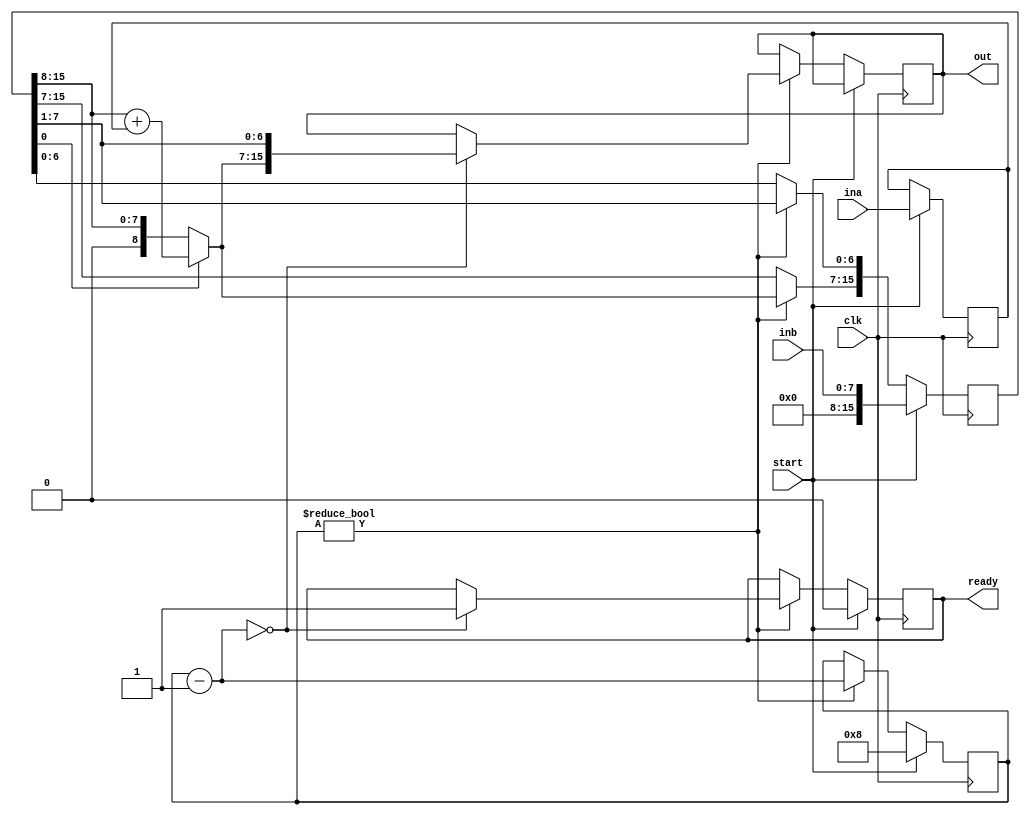
module streamlined_multiplier(ina, inb, clk, start, out, ready);

    parameter WIDTH             = 8;

    input[WIDTH - 1: 0]         ina;
    input[WIDTH - 1: 0]         inb;
    input                       clk;
    input                       start;

    output reg[2*WIDTH-1: 0]    out;
    output reg                  ready;

    reg[2*WIDTH - 1:0]          partial_product;
    reg[4:0]                    bit_count;
    reg[WIDTH-1: 0]           multiplicand;
    
    always @(posedge clk)
    begin : mult_block
        reg lsb;

        if(start == 1'b1) begin
            multiplicand = ina;
            bit_count          = WIDTH;
            partial_product = {{WIDTH+1{1'b0}}, inb};
            ready        = 1'b0;
        end

        else if(bit_count != 4'b0) begin
            
            lsb = partial_product[0];
            
            partial_product = partial_product >> 1;
            bit_count          = bit_count - 1;
            
            if(lsb == 1'b1)
                partial_product[2*WIDTH-1:WIDTH-1] = partial_product[2*WIDTH-2:WIDTH-1] + multiplicand;
            
            if(bit_count == 1'b0) begin
                out = partial_product;
                ready = 1'b1; 
            end
        end
    end
    
endmodule